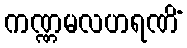
ကဏ္ဏမလဟရဏိံ